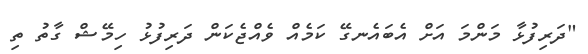
"ދަރިފުޅާ މަންމަ އަށް އެބައެނގޭ ކަމެއް ވެއްޖެކަން ދަރިފުޅު ހިމޭޝް ގާތު ތި